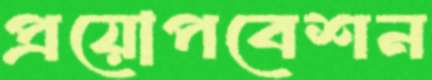
প্রয়োপবেশন